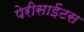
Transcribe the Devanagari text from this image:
पेरीसाईंटस